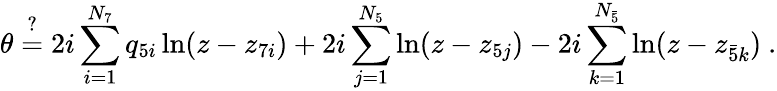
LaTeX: \theta\stackrel{?}{=}2i\sum_{i=1}^{N_{7}}q_{5i}\ln(z-z_{7i})+2i\sum_{j=1}^{N_{5}}\ln(z-z_{5j})-2i\sum_{k=1}^{N_{\bar{5}}}\ln(z-z_{\bar{5}k})\ .